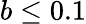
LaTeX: b\leq 0.1